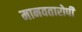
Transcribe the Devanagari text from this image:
मानवतारोपी